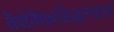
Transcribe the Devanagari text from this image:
वैशेषिकसिद्धान्तानां